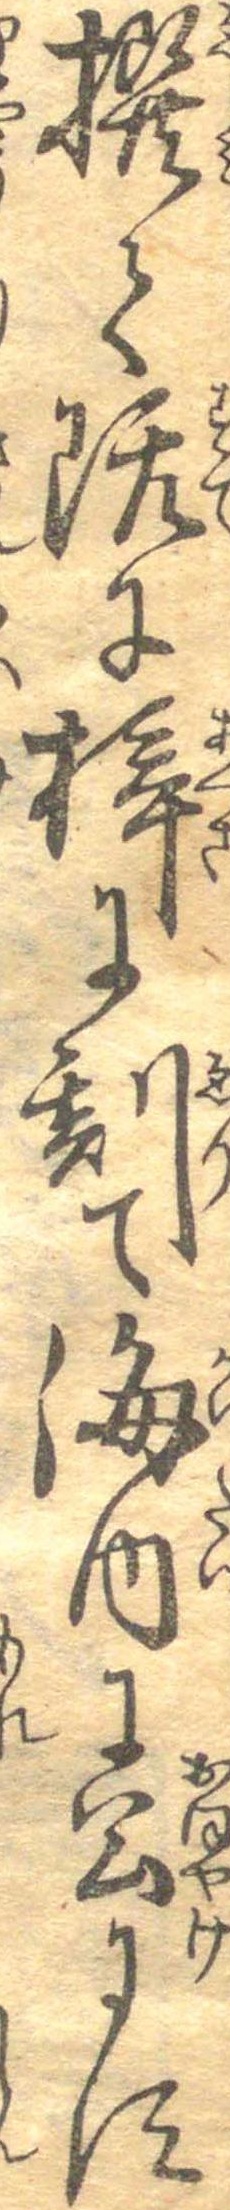
撰て既に梓に刻て海内に公にす